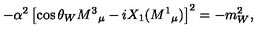
- \alpha ^ { 2 } \left[ \cos \theta _ { W } M ^ { 3 } { } _ { \mu } - i X _ { 1 } ( M ^ { 1 } { } _ { \mu } ) \right] ^ { 2 } = - m _ { W } ^ { 2 } ,